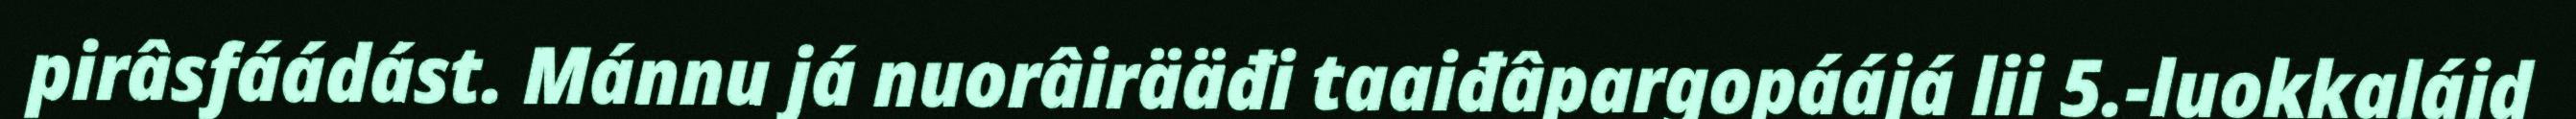
pirâsfáádást. Mánnu já nuorâirääđi taaiđâpargopáájá lii 5.-luokkaláid